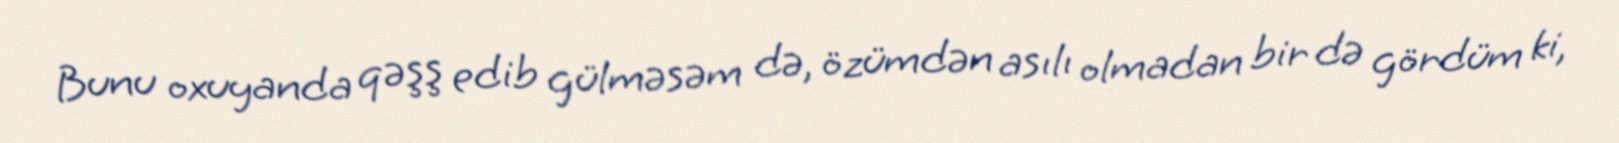
Bunu oxuyanda qəşş edib gülməsəm də, özümdən asılı olmadan bir də gördüm ki,